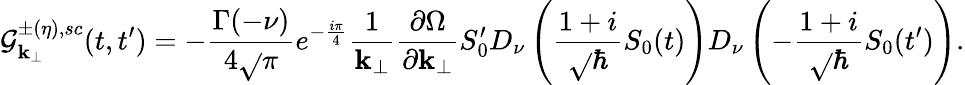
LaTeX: {\cal{G}}_{\mathbf{k}_{\perp}}^{\pm(\eta),sc}(t,t^{\prime})=-{\frac{{\Gamma(-\nu)}}{{4\sqrt{}{{\pi}}}}}e^{-{\frac{{i\pi}}{{4}}}}{\frac{{1}}{{\mathbf{k}_{\perp}}}}{\frac{{\partial\Omega}}{{\partial\mathbf{k}_{\perp}}}}S_{0}^{\prime}D_{\nu}\left({\frac{{1+i}}{{\sqrt{}{{\hbar}}}}}S_{0}(t)\right)D_{\nu}\left(-{\frac{{1+i}}{{\sqrt{}{{\hbar}}}}}S_{0}(t^{\prime})\right).